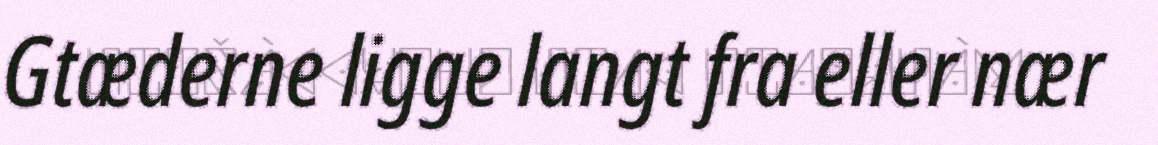
Gtæderne ligge langt fra eller nær